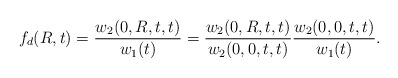
\begin{align*}f_d(R,t) = \frac{w_2(0,R,t,t)}{w_1(t)} = \frac{w_2(0,R,t,t)}{w_2(0,0,t,t)}\frac{w_2(0,0,t,t)}{w_1(t)}.\end{align*}